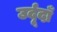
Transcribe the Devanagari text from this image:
उर्दूदाँ